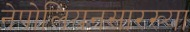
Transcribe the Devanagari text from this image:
नेपोलियनसारख्या